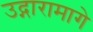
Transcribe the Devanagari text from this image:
उद्गारामागे